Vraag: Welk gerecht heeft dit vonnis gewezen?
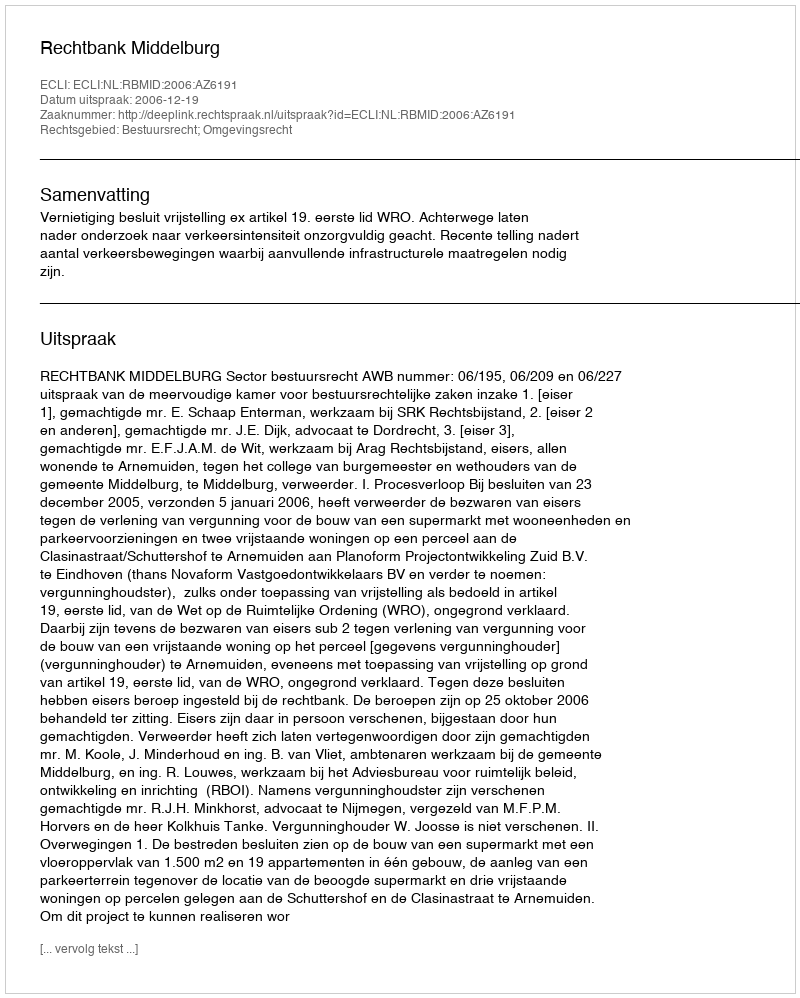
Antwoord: Rechtbank Middelburg